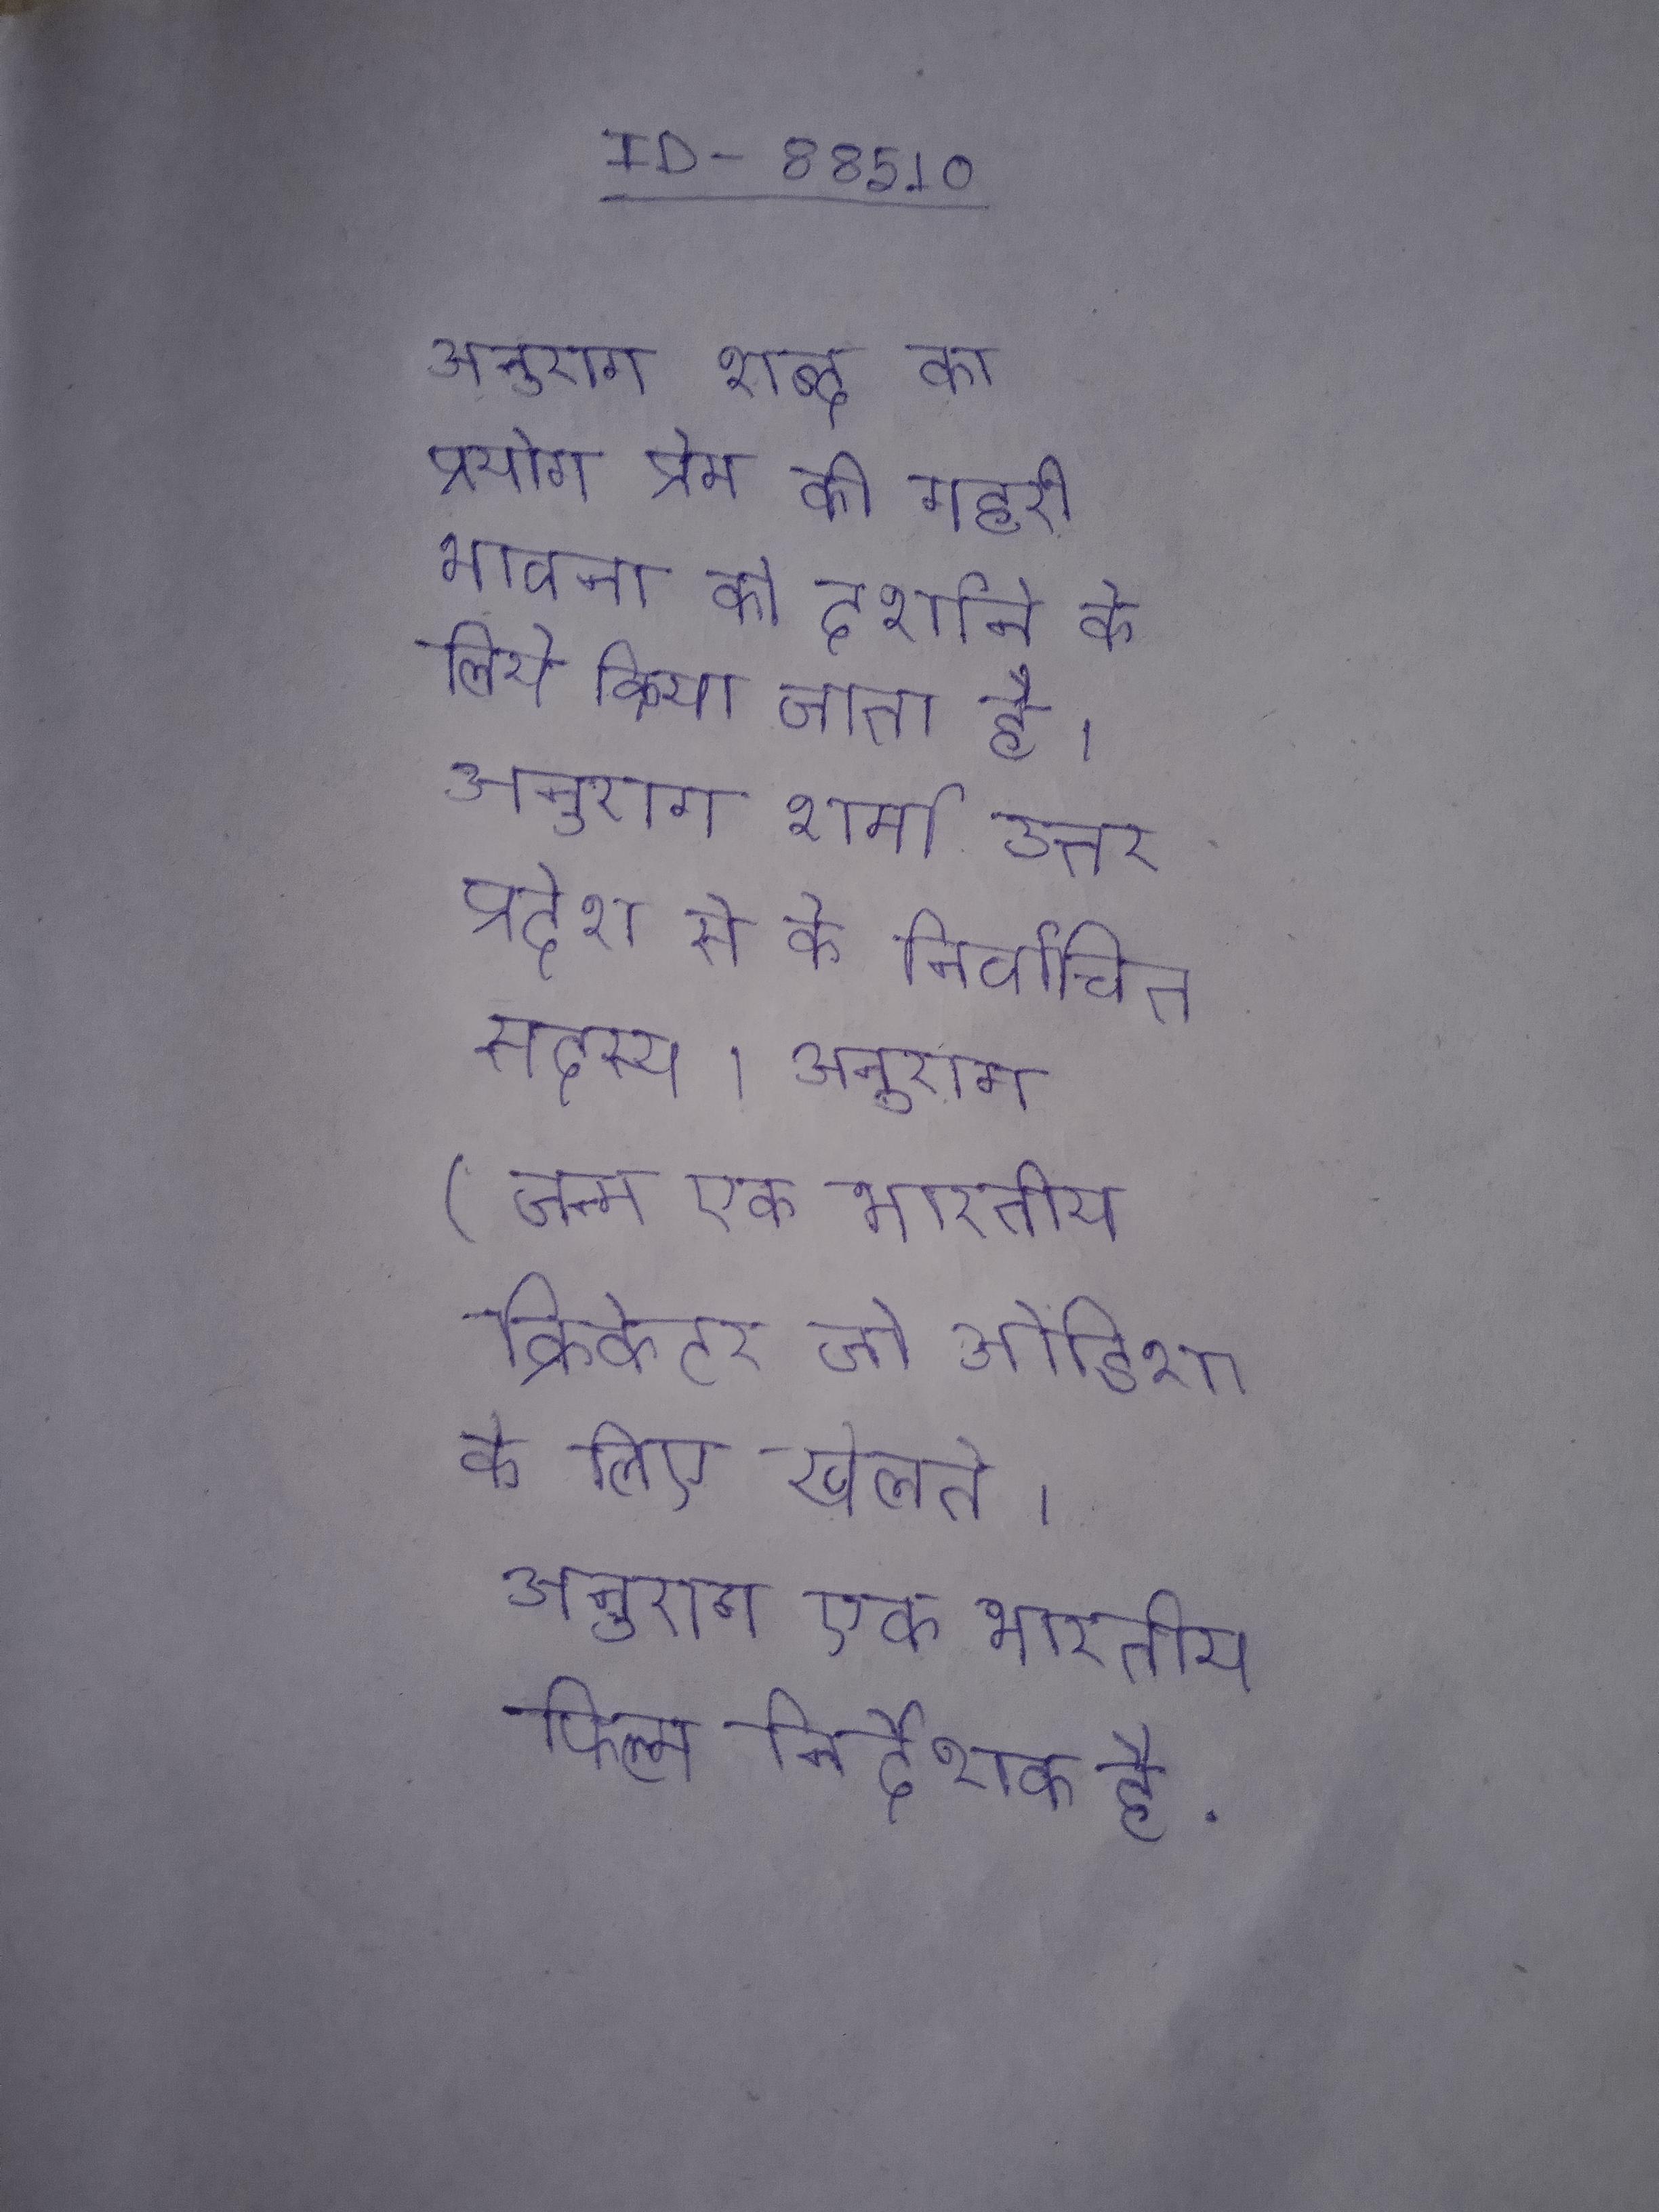
अनुराग शब्द का प्रयोग प्रेम की गहरी भावना को दर्शाने के लिये किया जाता है । अनुराग शर्मा उत्तर प्रदेेश से के निर्वाचित सदस्य । अनुराग (जन्म एक भारतीय क्रिकेटर जो ओडिशा के लिए खेलते । अनुराग एक भारतीय फिल्म निर्देशक है .